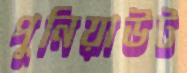
পুনিয়াউট